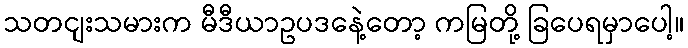
သတငျးသမားက မီဒီယာဥပဒနေဲ့တော့ ကမြတို့ ခြပေရမှာပေါ့။